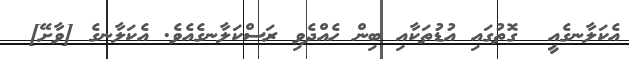
އެކަލާނގެއީ  ގޮތުގައި އުޑުތަކާއި ބިން ހެއްދެވި ރަސްކަލާނގެއެވެ. އެކަލާނގެ [ވާށޭ]